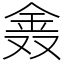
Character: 𨥖